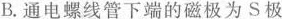
B.通电螺线管下端的磁极为S极